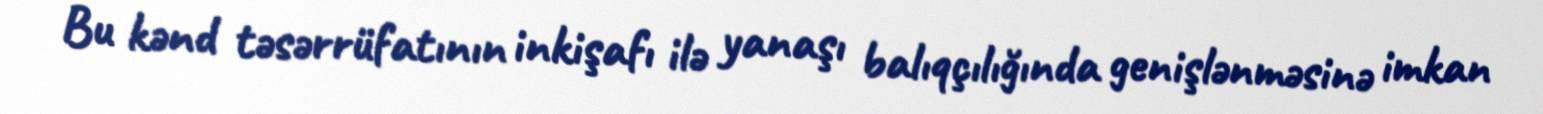
Bu kənd təsərrüfatının inkişafı ilə yanaşı balıqçılığında genişlənməsinə imkan